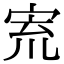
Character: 𡧽